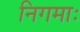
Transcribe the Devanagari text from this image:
निगमाः